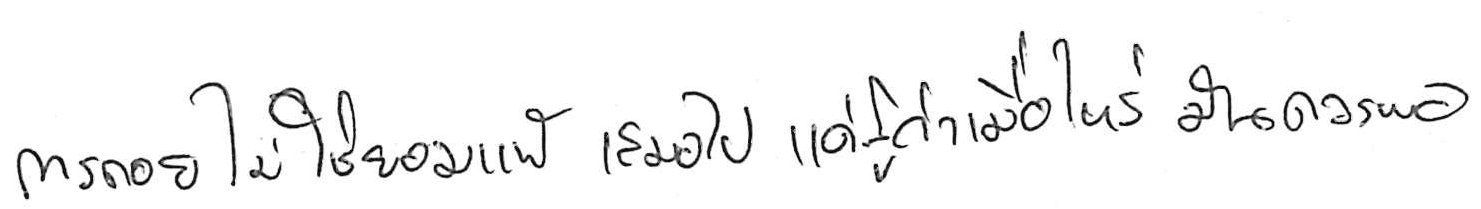
การถอย ไม่ใช่ยอมแพ้ เสมอไป แค่รู้ว่าเมื่อไหร่ มันควรพอ